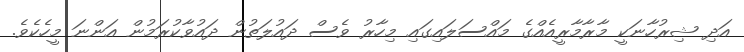
އަދި ޝިރުހާނަކީ މާރާމާރީއެއްގެ މައްސަލައިގައި މިހާރު ވެސް ދައުލަތުން ދައުވާކުރަމުން އަންނަ މީހެކެވެ.